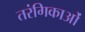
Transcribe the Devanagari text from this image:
तरंगिकाओं